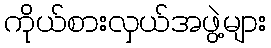
ကိုယ်စားလှယ်အဖွဲ့များ